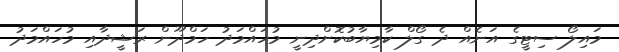
މައިލޯ ސިޓީގެ އަނެއް ދެ ގޯލް ކާމިޔާބުކޮށްދިނީ މުހައްމަދު ހަމްދޫން ރަޝީދާއި މުހައްމަދު